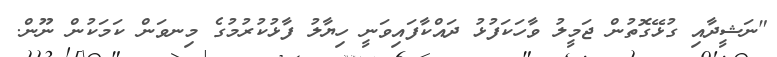
"ނަޝީދާއި ގުޅޭގޮތުން ޖަމީލު ވާހަކަފުޅު ދައްކާފައިވަނީ ހިޔާލު ފާޅުކުރުމުގެ މިނވަން ކަމަކުން ނޫން.